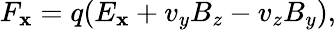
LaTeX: F_{\mathbf{x}}=q(E_{\mathbf{x}}+v_{y}B_{z}-v_{z}B_{y}),